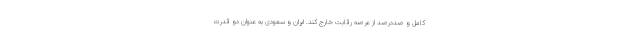
کامل و صددرصد از عرصه رقابت خارج کند. ایران و سعودی به عنوان دو قدرت